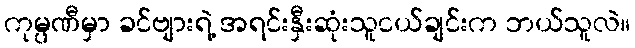
ကုမ္ပဏီမှာ ခင်ဗျားရဲ့ အရင်းနှီးဆုံးသူငယ်ချင်းက ဘယ်သူလဲ။